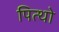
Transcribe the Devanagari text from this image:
पित्थो